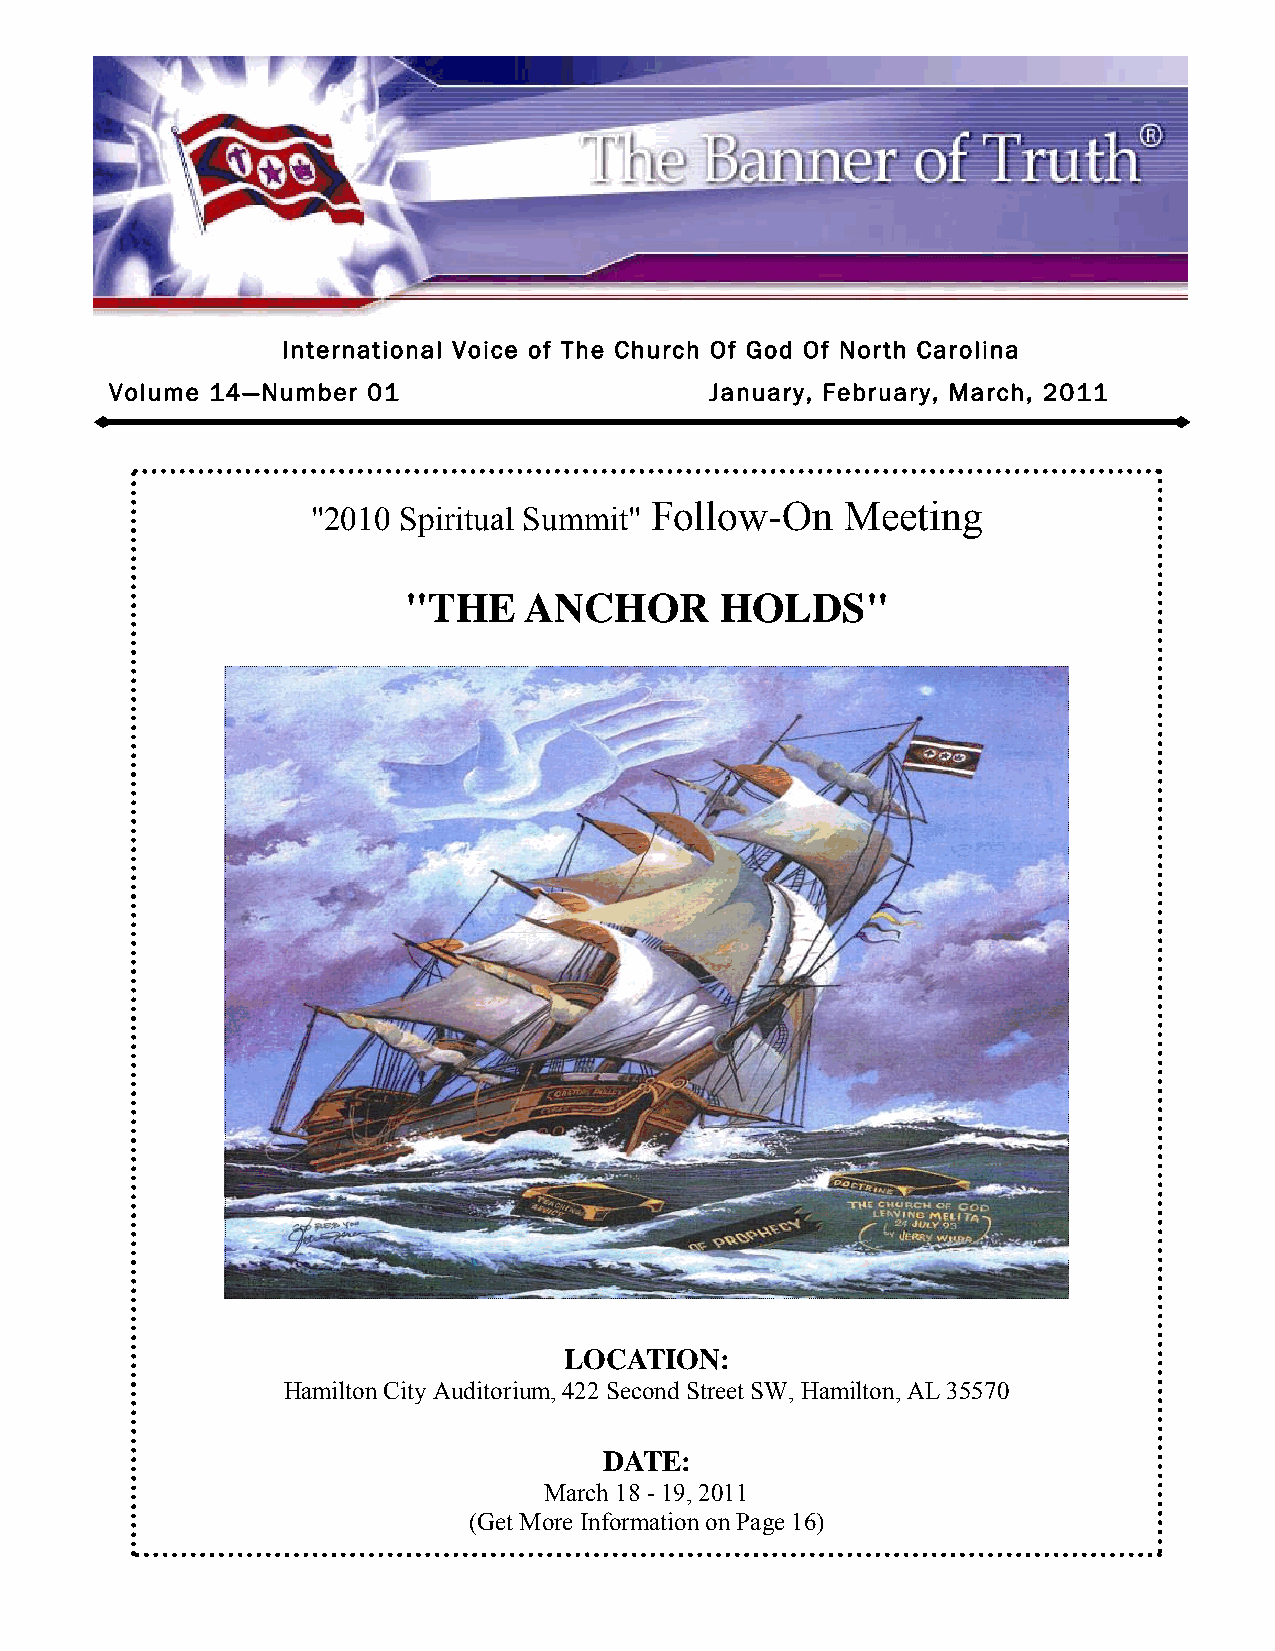
International Voice of The Church Of God Of North Carolina
 Volume 14—Number 01                     January, February, March, 2011
 Follow-On    Meeting
 "2010 Spiritual Summit"
 "THE    ANCHOR       HOLDS"
 LOCATION:
 Hamilton City Auditorium, 422 Second Street SW, Hamilton, AL 35570
 DATE:
 March 18 - 19, 2011
 (Get More Inform ation on Page 16)